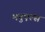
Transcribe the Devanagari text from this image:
मनुएल्स